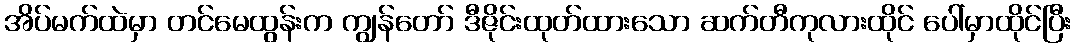
အိပ်မက်ထဲမှာ တင်မေထွန်းက ကျွန်တော် ဒီဇိုင်းထုတ်ထားသော ဆက်တီကုလားထိုင် ပေါ်မှာထိုင်ပြီး